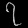
Digit: ၇